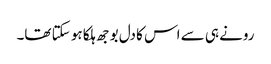
رونے ہی سے اس کا دل بوجھ ہلکا ہو سکتا تھا۔